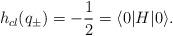
LaTeX: \begin{align*}h_{cl}(q_{\pm})=-\frac{1}{2}=\langle 0|H|0 \rangle.\end{align*}